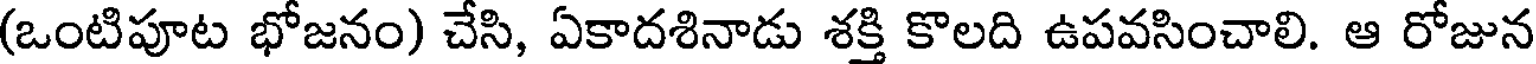
(ఒంటిపూట భోజనం) చేసి, ఏకాదశినాడు శక్తి కొలది ఉపవసించాలి. ఆ రోజున